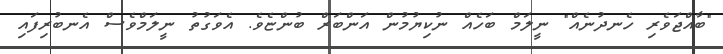
"ބާއްޖަވެރި ހެނދުނެއް" ނީލަމް ބަހެއް ނުކިޔުމުން އަންބަރް ބުންޏެވެ. އެވަގުތު ނީލަމްވެސް އެނބުރިފައި